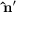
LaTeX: \mathbf { \hat { n } } ^ { \prime }